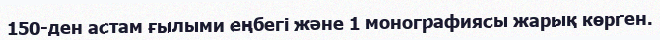
150-ден астам ғылыми еңбегі және 1 монографиясы жарық көрген.